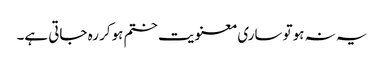
یہ نہ ہوتو ساری معنویت ختم ہوکر رہ جاتی ہے۔